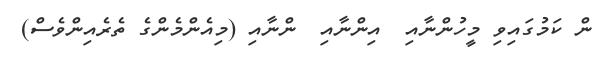
ން ކަމުގައިވި މީހުންނާއި  އިންނާއި  ންނާއި (މިއެންމެންގެ ތެރެއިންވެސް)